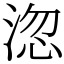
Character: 淴